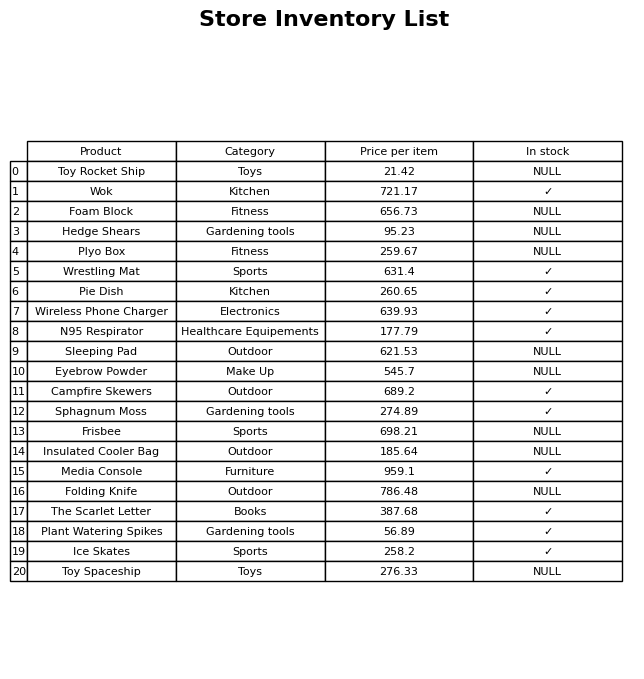
question: What is the price for Wok?
answer: The price of Wok is 721.17.